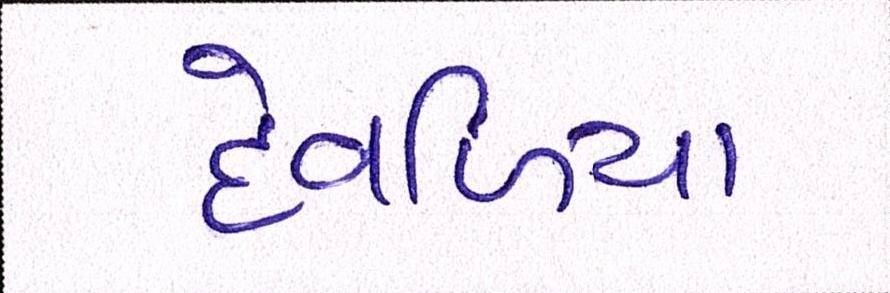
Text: દેવળિયા